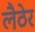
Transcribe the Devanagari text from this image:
लैठेर